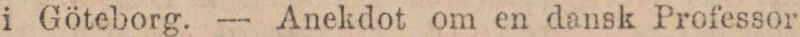
i Göteborg. — Anekdot om en dansk Professor